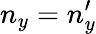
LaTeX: n_{y}=n_{y}^{\prime}